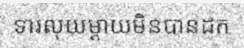
ទារលុយម្តាយមិនបានដក